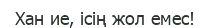
Хан ие, ісің жол емес!